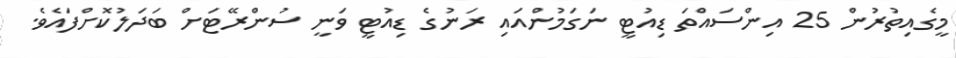
މީގެއިތުރުން 25 އިންސައްތަ ޑިއުޓީ ނަގަމުންއައި ރަނުގެ ޑިއުޓީ ވަނީ ސުންރޭޓަށް ބަދަލުކޮށްފައެވެ.